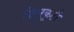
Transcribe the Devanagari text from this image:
विदुरकुटी